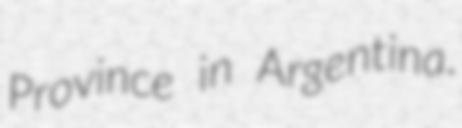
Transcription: Province in Argentina.